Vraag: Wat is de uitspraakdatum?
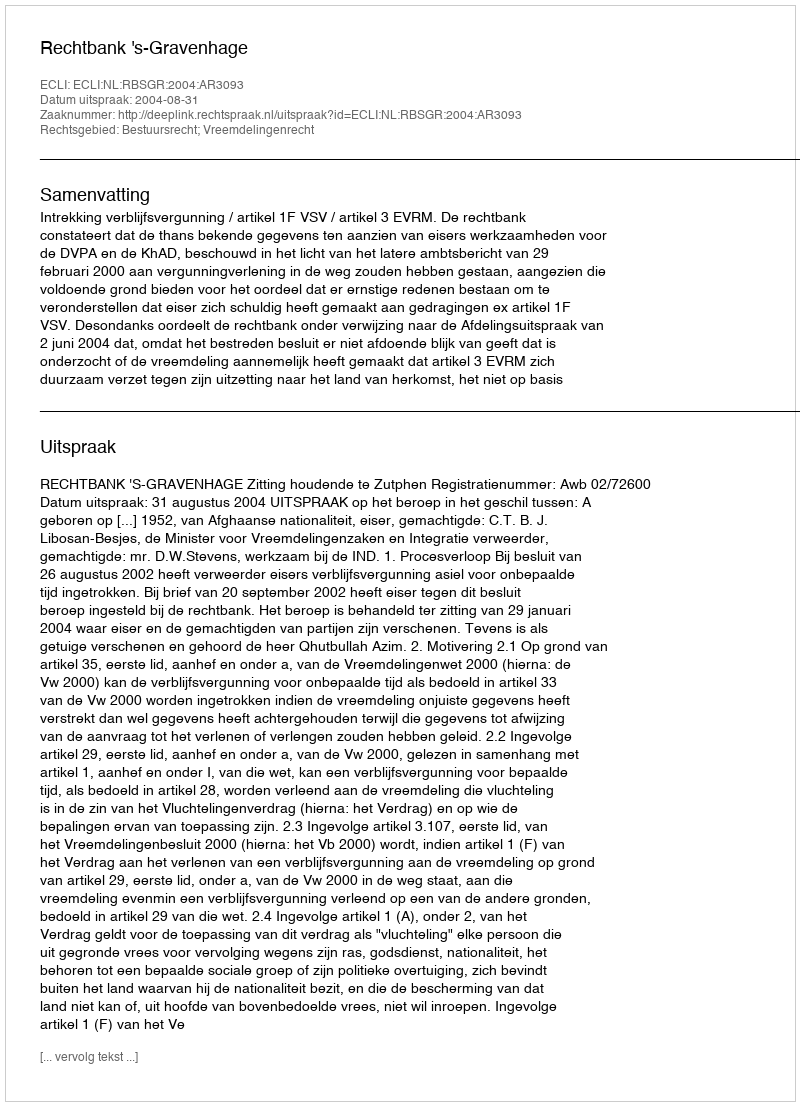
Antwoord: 2004-08-31